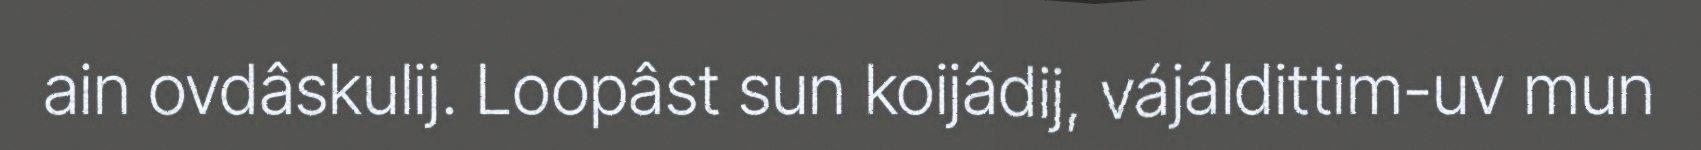
ain ovdâskulij. Loopâst sun koijâdij, vájáldittim-uv mun